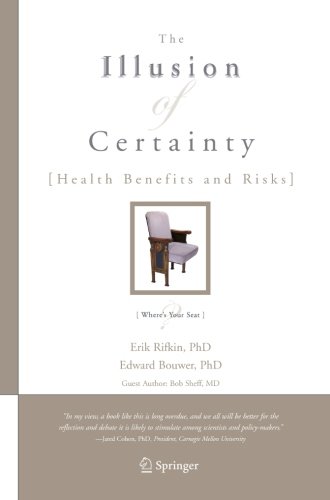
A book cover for The Illusion of Certainty: Health Benefits and Risks; Erik Rifkin; Medical Books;